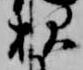
親